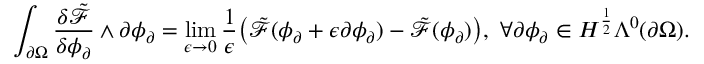
\int _ { \partial \Omega } \frac { \delta \tilde { \mathcal { F } } } { \delta \phi _ { \partial } } \wedge \partial \phi _ { \partial } = \operatorname* { l i m } _ { \epsilon \to 0 } \frac { 1 } { \epsilon } \big ( \tilde { \mathcal { F } } ( \phi _ { \partial } + \epsilon \partial \phi _ { \partial } ) - \tilde { \mathcal { F } } ( \phi _ { \partial } ) \big ) , \ \forall \partial \phi _ { \partial } \in H ^ { \frac { 1 } { 2 } } \Lambda ^ { 0 } ( \partial \Omega ) .